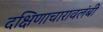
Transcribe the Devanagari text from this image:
दक्षिणाचारावलंबी